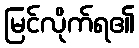
မြင်လိုက်ရ၏